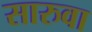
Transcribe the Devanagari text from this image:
सारुवा